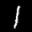
Label: 1